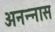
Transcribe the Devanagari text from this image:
अनन्‍नास